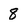
Character: 8